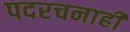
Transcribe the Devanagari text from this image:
पदरचनाही